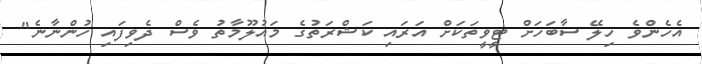
އެހެންވެ ހިލޭ ސާބަހަށް ޓީވީތަކަށް އަރައި ކަޝްރަތުގެ މައުލޫމާތު ވެސް ދެވިފައި ހުންނާނެ"